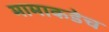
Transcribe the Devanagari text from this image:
मामाकडेच